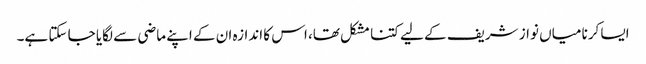
ایسا کرنا میاں نواز شریف کے لیے کتنا مشکل تھا، اس کا اندازہ ان کے اپنے ماضی سے لگایا جا سکتا ہے۔